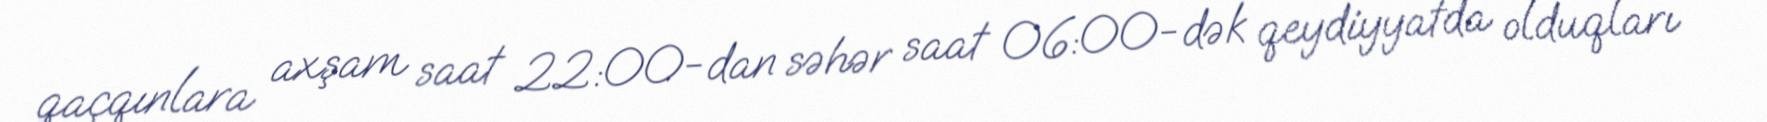
qaçqınlara axşam saat 22:00-dan səhər saat 06:00-dək qeydiyyatda olduqları